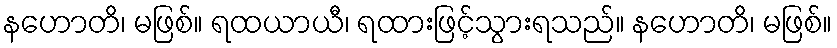
နဟောတိ၊ မဖြစ်။ ရထယာယီ၊ ရထားဖြင့်သွားရသည်။ နဟောတိ၊ မဖြစ်။